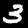
Digit: 3